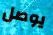
يوصل